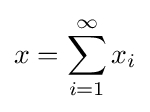
x=\sum _{i=1}^{\infty }x_{i}